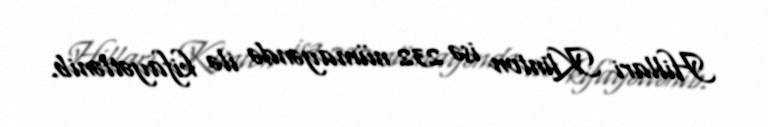
Hillari Klinton isə 232 nümayəndə ilə kifayətlənib.